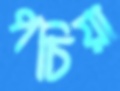
পচিয়া